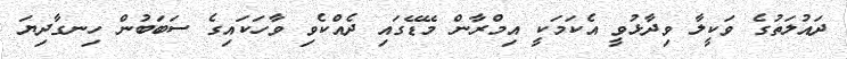
ދައުލަތުގެ ވަކީލާ ވިދާޅުވީ އެކަމަކީ އިމްރާން މޭޑޭގައި ދެއްކެވި ވާހަކައިގެ ސަބަބުން ހިނގާދިޔަ